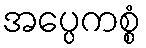
အပ္ပေကစ္စံ